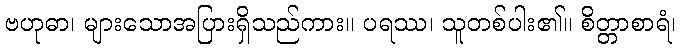
ဗဟုဓာ၊ များသောအပြားရှိသည်ကား။ ပရဿ၊ သူတစ်ပါး၏။ စိတ္တာစာရံ၊